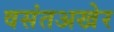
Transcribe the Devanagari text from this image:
वसंतअखेर